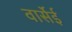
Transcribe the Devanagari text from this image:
वार्सेई